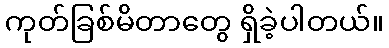
ကုတ်ခြစ်မိတာတွေ ရှိခဲ့ပါတယ်။